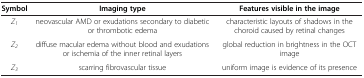
<table><thead><tr><td><b>Symbol</b></td><td><b>Imaging type</b></td><td><b>Features visible in the image</b></td></tr></thead><tbody><tr><td><i>Z</i><sub><i>1</i></sub></td><td>neovascular AMD or exudations secondary to diabetic or thrombotic edema</td><td>characteristic layouts of shadows in the choroid caused by retinal changes</td></tr><tr><td><i>Z</i><sub><i>2</i></sub></td><td>diffuse macular edema without blood and exudations or ischemia of the inner retinal layers</td><td>global reduction in brightness in the OCT image</td></tr><tr><td><i>Z</i><sub><i>3</i></sub></td><td>scarring fibrovascular tissue</td><td>uniform image is evidence of its presence</td></tr></tbody></table>